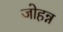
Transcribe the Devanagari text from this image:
जोहन्न